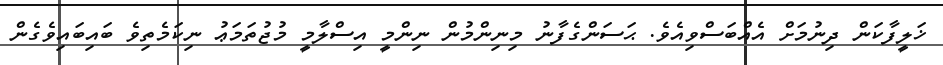
ޚަލީފާކަން ދިނުމަށް އެއްބަސްވިއެވެ. ޙަސަންގެފާނު މިނިންމުން ނިންމީ އިސްލާމީ މުޖުތަމަޢު ނިކަމެތިވެ ބައިބައިވެގެން